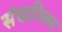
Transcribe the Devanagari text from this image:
संघानिका